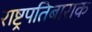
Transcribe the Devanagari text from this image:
राष्ट्रपतिबाराक